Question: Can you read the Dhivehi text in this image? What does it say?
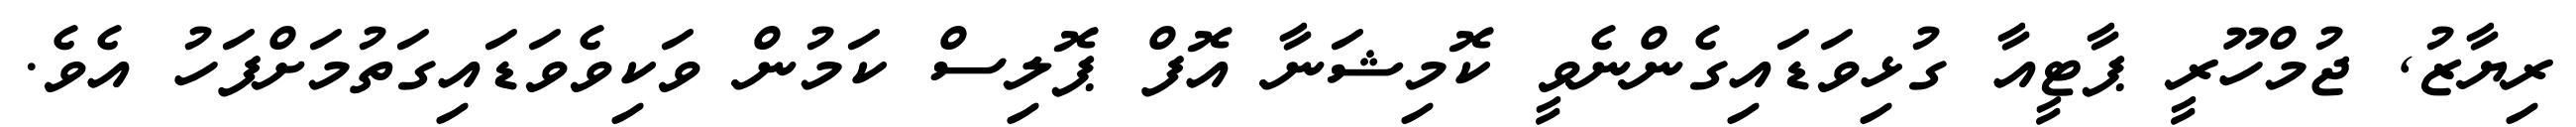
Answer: ރިޔާޒު, ޖުމްހޫރީ ޕާޓީއާ ގުޅިވަޑައިގެންނެވީ ކޮމިޝަނާ އޮފް ޕޮލިސް ކަމުން ވަކިވެވަޑައިގަތުމަށްފަހު އެވެ.